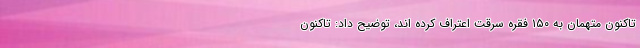
تاکنون متهمان به ۱۵۰ فقره سرقت اعتراف کرده اند، توضیح داد: تاکنون